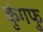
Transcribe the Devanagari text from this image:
कुंगफु